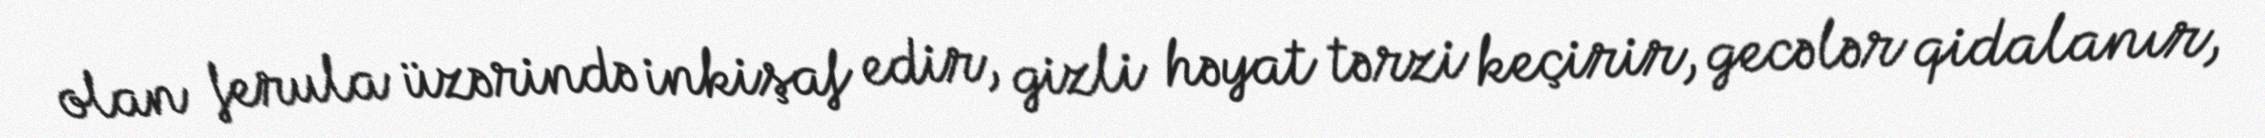
olan ferula üzərində inkişaf edir, gizli həyat tərzi keçirir, gecələr qidalanır,